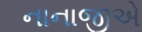
નાનાજીએ